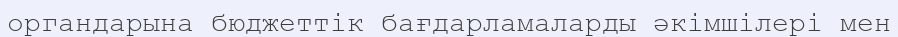
органдарына бюджеттік бағдарламаларды әкімшілері мен